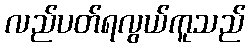
လည်ပတ်ရလွယ်ကူသည်